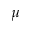
\mu